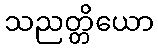
သညတ္တိယော